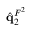
\hat { \mathbf { q } } _ { 2 } ^ { F ^ { 2 } }